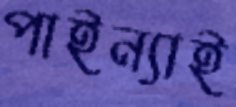
পাইন্যাই